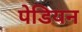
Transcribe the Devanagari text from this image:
पेडियन